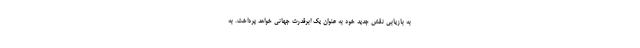
به بازیابی نقش جدید خود به عنوان یک ابرقدرت جهانی خواهد پرداخت. به